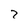
Character: 7